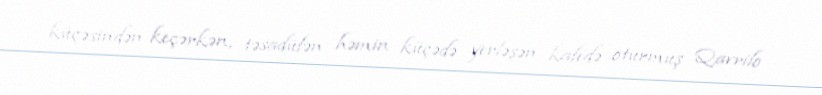
küçəsindən keçərkən, təsadüfən həmin küçədə yerləşən kafedə oturmuş Qavrilo